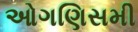
ઓગણિસમી